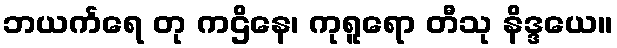
ဘယင်္ကရေ တု ကဌိနေ၊ ကုရူရော တီသု နိဒ္ဒယေ။